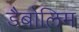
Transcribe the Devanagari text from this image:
डैबोलिम